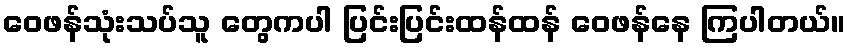
ဝေဖန်သုံးသပ်သူ တွေကပါ ပြင်းပြင်းထန်ထန် ဝေဖန်နေ ကြပါတယ်။